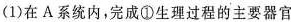
(1)在A系统内，完成①生理过程的主要器官